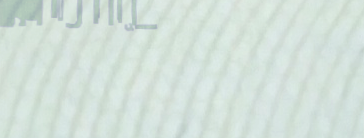
أحدث موديلات الهواتف الذك